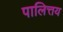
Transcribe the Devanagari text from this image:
पालित्तय